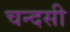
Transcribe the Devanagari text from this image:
चन्दसी